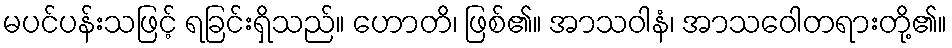
မပင်ပန်းသဖြင့် ရခြင်းရှိသည်။ ဟောတိ၊ ဖြစ်၏။ အာသဝါနံ၊ အာသဝေါတရားတို့၏။